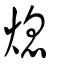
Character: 熄